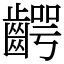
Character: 齶